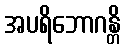
အပရိဘောဂန္တိ